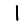
Digit: 1